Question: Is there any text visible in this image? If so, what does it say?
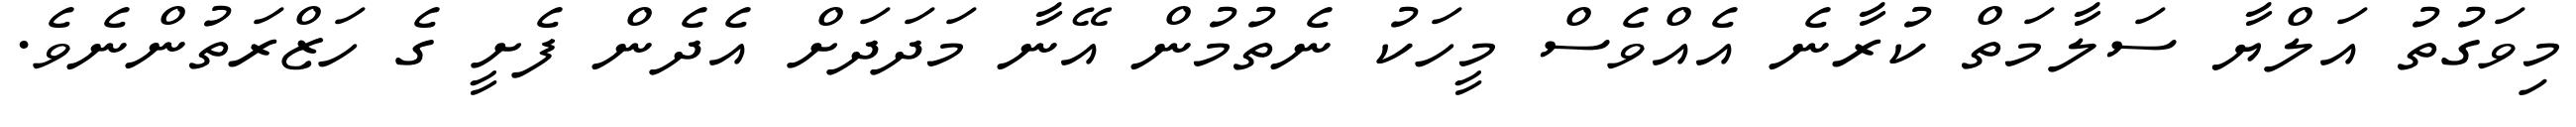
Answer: މިވަގުތު އަލްޔާ ސަލާމަތް ކުރާނެ އެއްވެސް މީހަކު ނެތުމުން އޭނާ މަދަދަށް އެދެން ފެށީ ގެ ހަޒްރަތުންނެވެ.